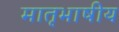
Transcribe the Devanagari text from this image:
मातृभाषीय